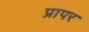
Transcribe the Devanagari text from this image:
प्रापर